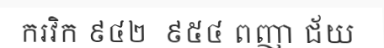
ករវិក ៩៤២  ៩៥៤ ពញា ជ័យ